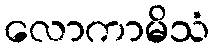
လောကာမိသံ